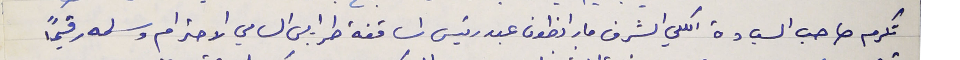
تكرم صاحب السيادة الكلي الشرف مار انطون عبد رئيس اساقفة طرابلس السامي الاحترام وسلمه رقيماً